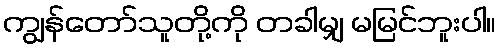
ကျွန်တော်သူတို့ကို တခါမျှ မမြင်ဘူးပါ။